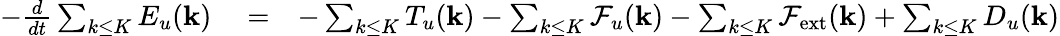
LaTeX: \begin{array}{rlr}{-\frac{d}{dt}\sum_{k\le K}E_{u}({\mathbf k})}&{{}=}&{-\sum_{k\le K}T_{u}({\mathbf k})-\sum_{k\le K}\mathcal{F}_{u}({\mathbf k})-\sum_{k\le K}\mathcal{F}_{\mathrm{ext}}({\mathbf k})+\sum_{k\le K}D_{u}({\mathbf k})}\end{array}